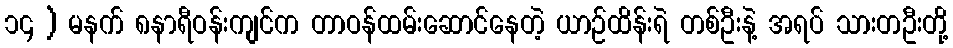
၁၄ ) မနက် ၈နာရီဝန်းကျင်က တာဝန်ထမ်းဆောင်နေတဲ့ ယာဉ်ထိန်းရဲ တစ်ဦးနဲ့ အရပ် သားတဦးတို့